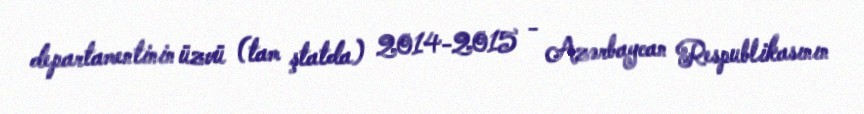
departamentinin üzvü (tam ştatda) 2014-2015 - Azərbaycan Respublikasının